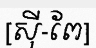
[ស៊ី-ពែ]